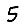
Digit: 5